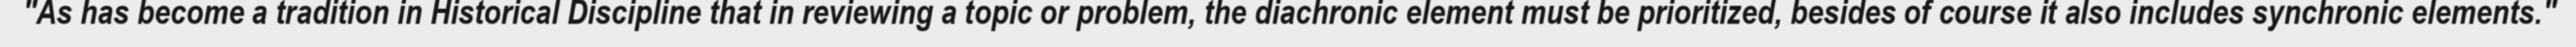
"As has become a tradition in Historical Discipline that in reviewing a topic or problem, the diachronic element must be prioritized, besides of course it also includes synchronic elements."